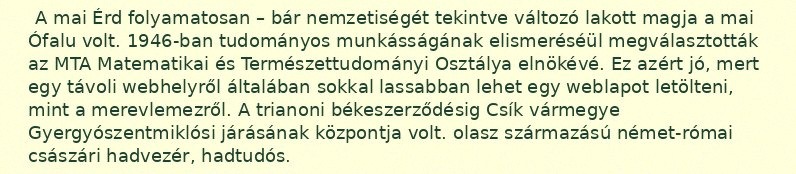
A mai Érd folyamatosan – bár nemzetiségét tekintve változó lakott magja a mai Ófalu volt. 1946-ban tudományos munkásságának elismeréséül megválasztották az MTA Matematikai és Természettudományi Osztálya elnökévé. Ez azért jó, mert egy távoli webhelyről általában sokkal lassabban lehet egy weblapot letölteni, mint a merevlemezről. A trianoni békeszerződésig Csík vármegye Gyergyószentmiklósi járásának központja volt. olasz származású német-római császári hadvezér, hadtudós.